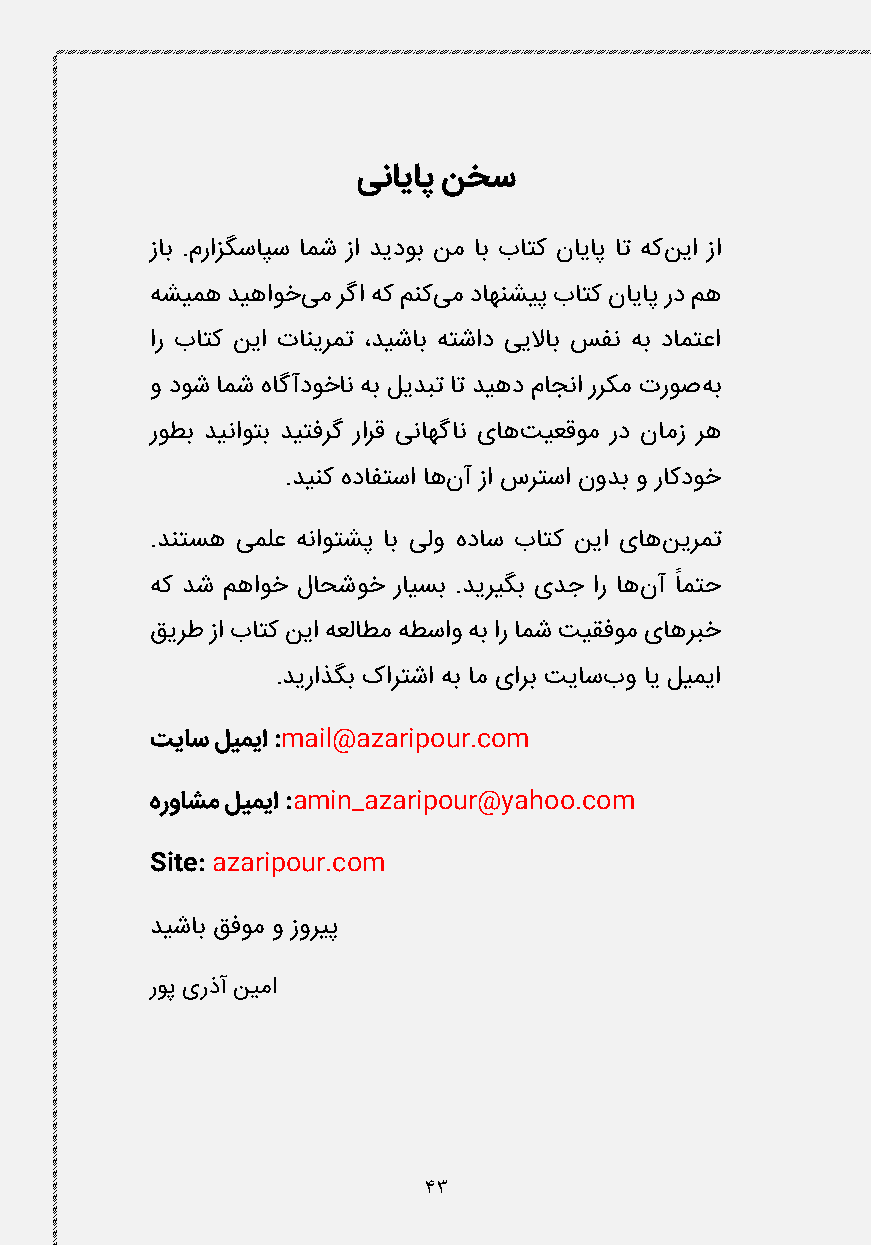
ینایاپ نخس
 زاب .مرازگساپس امش زا دیدوب نم اب باتک نایاپ ات هکنیا زا
 هشیمه دیهاوخیم رگا هک منکیم داهنشیپ باتک نایاپ رد مه
 ار باتک نیا تانیرمت ،دیشاب هتشاد ییلااب سفن هب دامتعا
 و دوش امش هاگآدوخان هب لیدبت ات دیهد ماجنا ررکم تروصهب
 روطب دیناوتب دیتفرگ رارق یناهگان یاهتیعقوم رد نامز ره
 .دینک هدافتسا اهنآ زا سرتسا نودب و راکدوخ
 .دنتسه یملع هناوتشپ اب یلو هداس باتک نیا یاهنیرمت
 ً
 هک دش مهاوخ لاحشوخ رایسب .دیریگب یدج ار اهنآ امتح
 قیرط زا باتک نیا هعلاطم هطساو هب ار امش تیقفوم یاهربخ
 .دیراذگب کارتشا هب ام یارب تیاسبو ای لیمیا
 تیاس لیمیا :mail@azaripour.com
 هرواشم لیمیا :amin_azaripour@yahoo.com
 Site: azaripour.com
 دیشاب قفوم و زوریپ
 روپ یرذآ نیما
 43